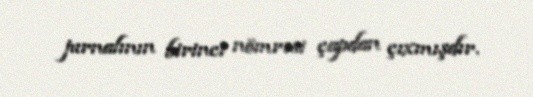
jurnalının birinci nömrəsi çapdan çıxmışdır.